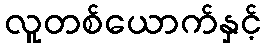
လူတစ်ယောက်နှင့်